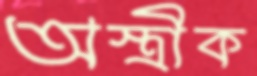
অস্ত্রীক